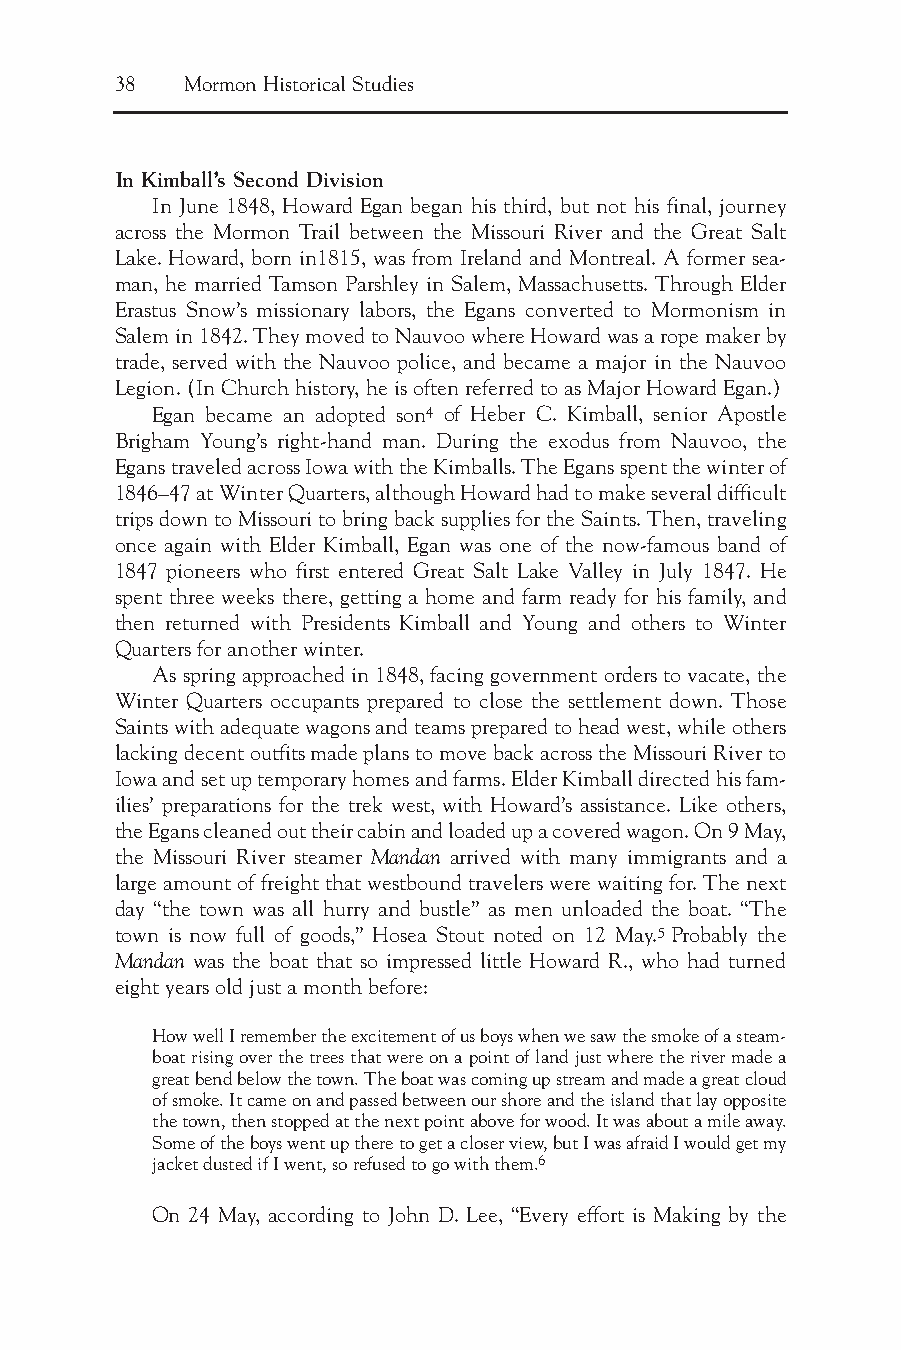
38  Mormon Historical Studies
 In Kimball’s Second Division
 In June 1848, Howard Egan began his third, but not his final, journey
 across the Mormon Trail between the Missouri River and the Great Salt
 Lake. Howard, born in1815, was from Ireland and Montreal. A former sea-
 man, he married Tamson Parshley in Salem, Massachusetts. Through Elder
 Erastus Snow’s missionary labors, the Egans converted to Mormonism in
 Salem in 1842. They moved to Nauvoo where Howard was a rope maker by
 trade, served with the Nauvoo police, and became a major in the Nauvoo
 Legion. (In Church history, he is often referred to as Major Howard Egan.)
 Egan became an adopted son4 of Heber C. Kimball, senior Apostle
 Brigham Young’s right-hand man. During the exodus from Nauvoo, the
 Egans traveled across Iowa with the Kimballs. The Egans spent the winter of
 1846–47 at Winter Quarters, although Howard had to make several difficult
 trips down to Missouri to bring back supplies for the Saints. Then, traveling
 once again with Elder Kimball, Egan was one of the now-famous band of
 1847 pioneers who first entered Great Salt Lake Valley in July 1847. He
 spent three weeks there, getting a home and farm ready for his family, and
 then returned with Presidents Kimball and Young and others to Winter
 Quarters for another winter.
 As spring approached in 1848, facing government orders to vacate, the
 Winter Quarters occupants prepared to close the settlement down. Those
 Saints with adequate wagons and teams prepared to head west, while others
 lacking decent outfits made plans to move back across the Missouri River to
 Iowa and set up temporary homes and farms. Elder Kimball directed his fam-
 ilies’ preparations for the trek west, with Howard’s assistance. Like others,
 the Egans cleaned out their cabin and loaded up a covered wagon. On 9 May,
 the Missouri River steamer Mandan arrived with many immigrants and a
 large amount of freight that westbound travelers were waiting for. The next
 day “the town was all hurry and bustle” as men unloaded the boat. “The
 town is now full of goods,” Hosea Stout noted on 12 May.5Probably the
 Mandan was the boat that so impressed little Howard R., who had turned
 eight years old just a month before:
 How well I remember the excitement of us boys when we saw the smoke of a steam-
 boat rising over the trees that were on a point of land just where the river made a
 great bend below the town. The boat was coming up stream and made a great cloud
 of smoke. It came on and passed between our shore and the island that lay opposite
 the town, then stopped at the next point above for wood. It was about a mile away.
 Some of the boys went up there to get a closer view, but I was afraid I would get my
 jacket dusted if I went, so refused to go with them.6
 On 24 May, according to John D. Lee, “Every effort is Making by the